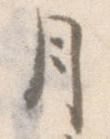
月